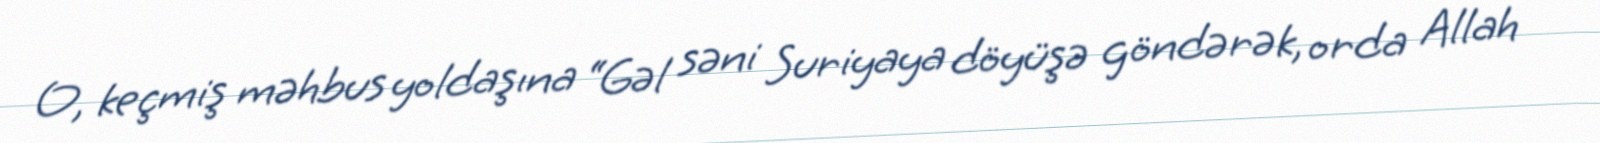
O, keçmiş məhbus yoldaşına “Gəl səni Suriyaya döyüşə göndərək, orda Allah